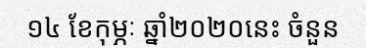
១៤ ខែកុម្ភៈ ឆ្នាំ២០២០នេះ ចំនួន